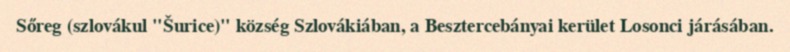
Sőreg (szlovákul "Šurice)" község Szlovákiában, a Besztercebányai kerület Losonci járásában.